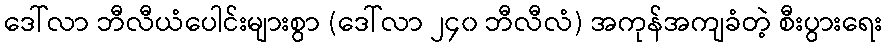
ဒေါ်လာ ဘီလီယံပေါင်းများစွာ (ဒေါ်လာ ၂၄၀ ဘီလီလံ) အကုန်အကျခံတဲ့ စီးပွားရေး